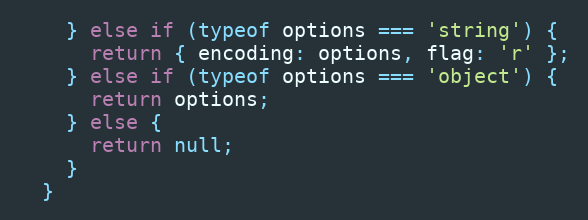
Language: JavaScript
    } else if (typeof options === 'string') {
      return { encoding: options, flag: 'r' };
    } else if (typeof options === 'object') {
      return options;
    } else {
      return null;
    }
  }